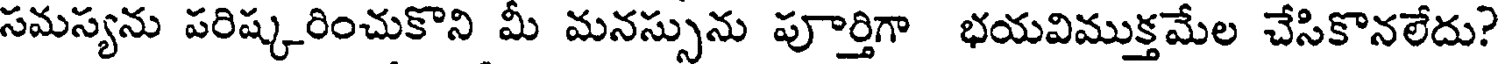
సమస్యను పరిష్కరించుకొని మీ మనస్సును పూర్తిగా భయవిముక్తమేల చేసికొనలేదు?